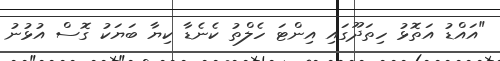
"އައްޑު އަތޮޅު ހިތަދޫގައި އިންޓަ ހެލްތު ކެނެޑާ ކިޔާ ބަޔަކު ގޮސް އުޅުނު